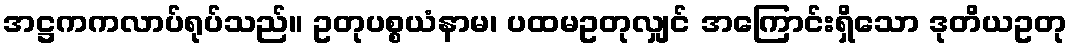
အဋ္ဌကကလာပ်ရုပ်သည်။ ဥတုပစ္စယံနာမ၊ ပထမဥတုလျှင် အကြောင်းရှိသော ဒုတိယဥတု